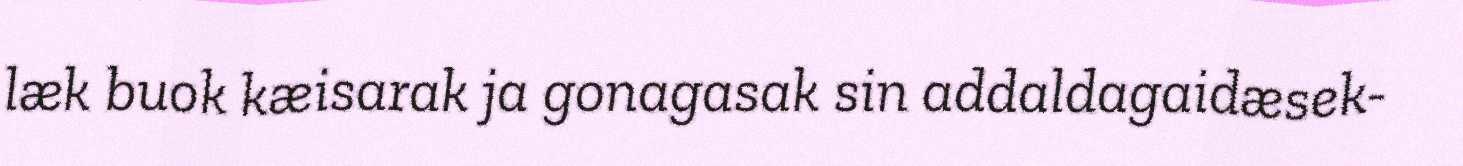
læk buok kæisarak ja gonagasak sin addaldagaidæsek-